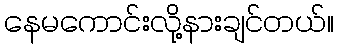
နေမကောင်းလို့နားချင်တယ်။